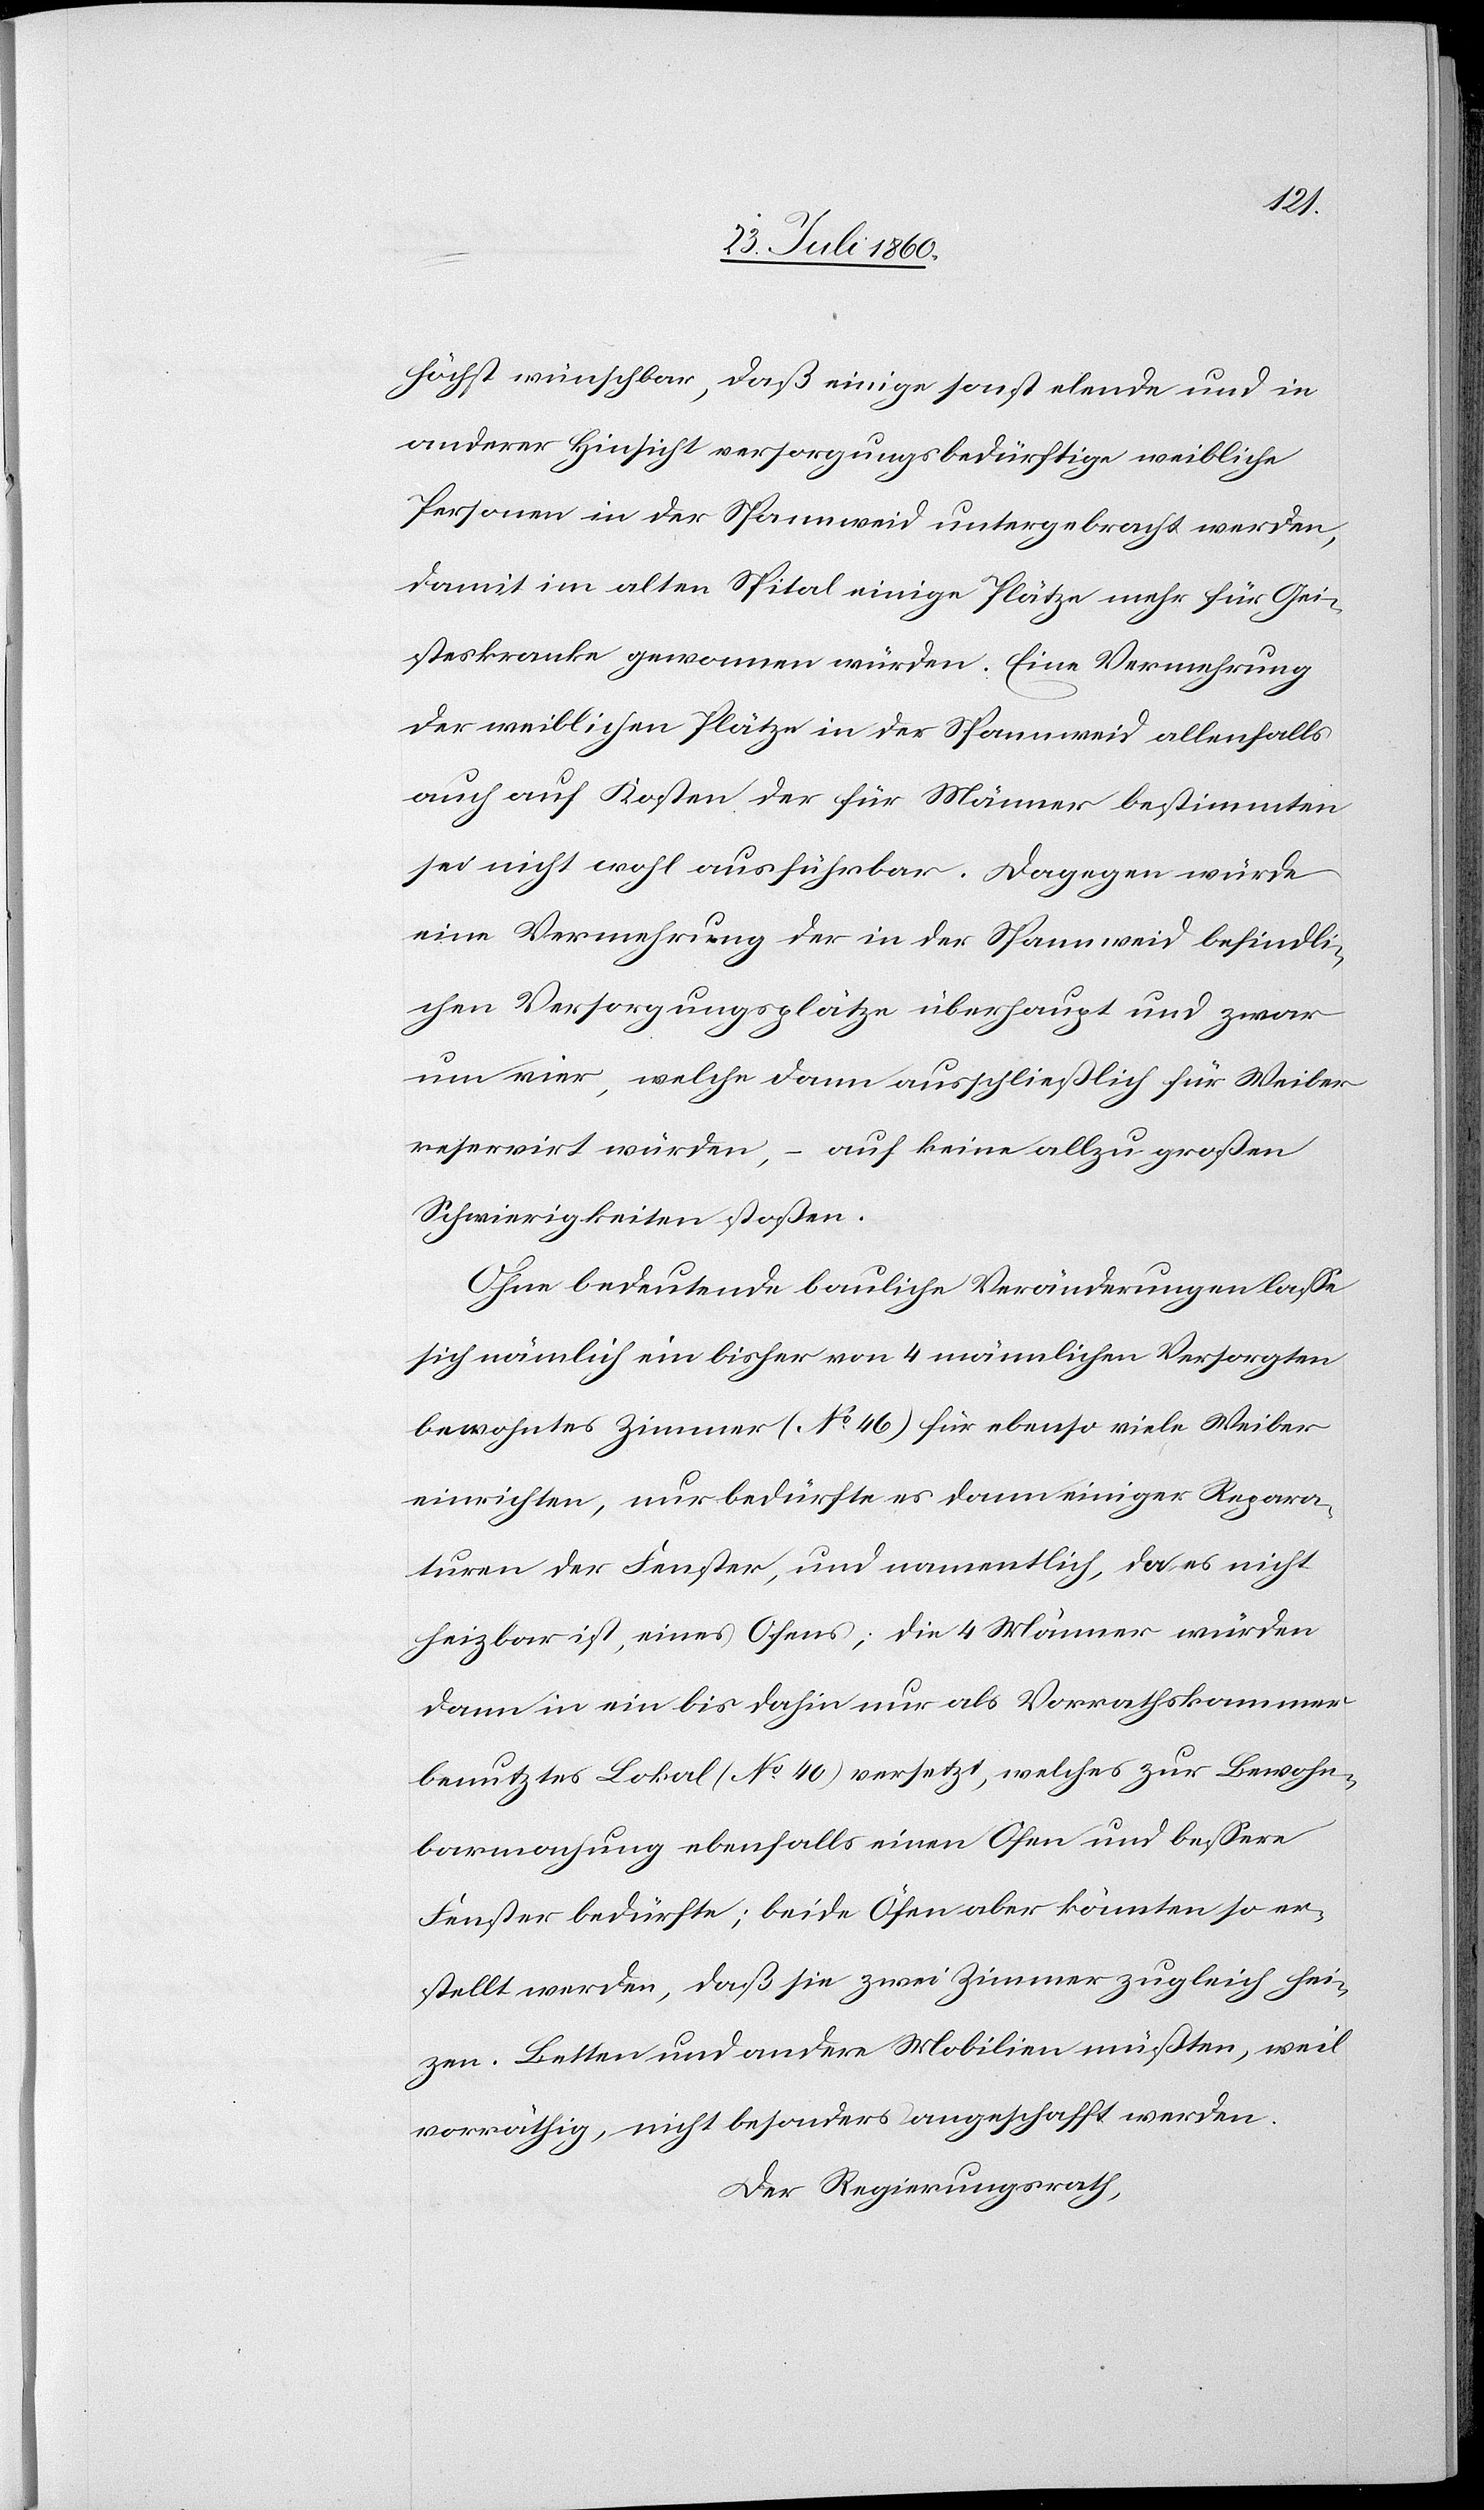
höchst wünschbar, daß einige sonst elende und in
anderer Hinsicht versorgungsbedürftige weibliche
Personen in der Spannweid untergebracht werden,
damit im alten Spital einige Plätze mehr für Gei¬
steskranke gewonnen würden. Eine Vermehrung
der weiblichen Plätze in der Spannweid allenfalls
auch auf Kosten der für Männer bestimmten
sei nicht wohl ausführbar. Dagegen würde
eine Vermehrung der in der Spannweid befindli¬
chen Versorgungsplätze überhaupt und zwar
um vier, welche dann ausschließlich für Weiber
reservirt würden, – auf keine allzu grossen
Schwierigkeiten stossen.
Ohne bedeutende bauliche Veränderungen lasse
sich nämlich ein bisher von 4 männlichen Versorgten
bewohntes Zimmer (No 46.) für ebenso viele Weiber
einrichten, nur bedürfe es dann einiger Repara¬
tur der Fenster, und namentlich, da es nicht
heizbar ist, eines Ofens; die 4 Männer würden
dann in ein bis dahin nur als Vorratskammer
benutztes Lokal (No 40.) versetzt, welches zur Bewohn¬
barmachung ebenfalls einen Ofen u. bessere
Fenster bedürfte; beide Öfen aber könnten so er¬
stellt werden, dass sie zwei Zimmer zugleich hei¬
zen, Betten und andere Mobilien müßten, weil
vorräthig, nicht besonders angeschafft werden.
Der Regierungsrath,